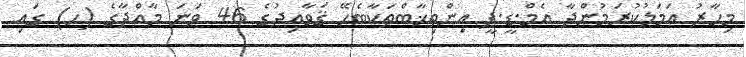
މިހާރު ޢަމަލުކުރަމުންދާ އެމް.ޑީ.ޕީ އިންތިޚާބްތަކާބެހޭ ޤަވާއިދުގެ 46 ވަނަ މާއްދާގެ (ހ) ގައި